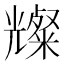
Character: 𪞆